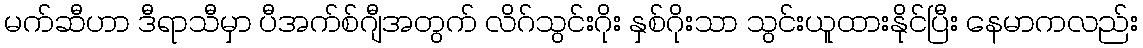
မက်ဆီဟာ ဒီရာသီမှာ ပီအက်စ်ဂျီအတွက် လိဂ်သွင်းဂိုး နှစ်ဂိုးသာ သွင်းယူထားနိုင်ပြီး နေမာကလည်း